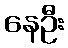
နေဦး